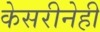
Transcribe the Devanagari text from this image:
केसरीनेही